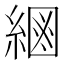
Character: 𦂮